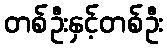
တစ်ဦးနှင့်တစ်ဦး